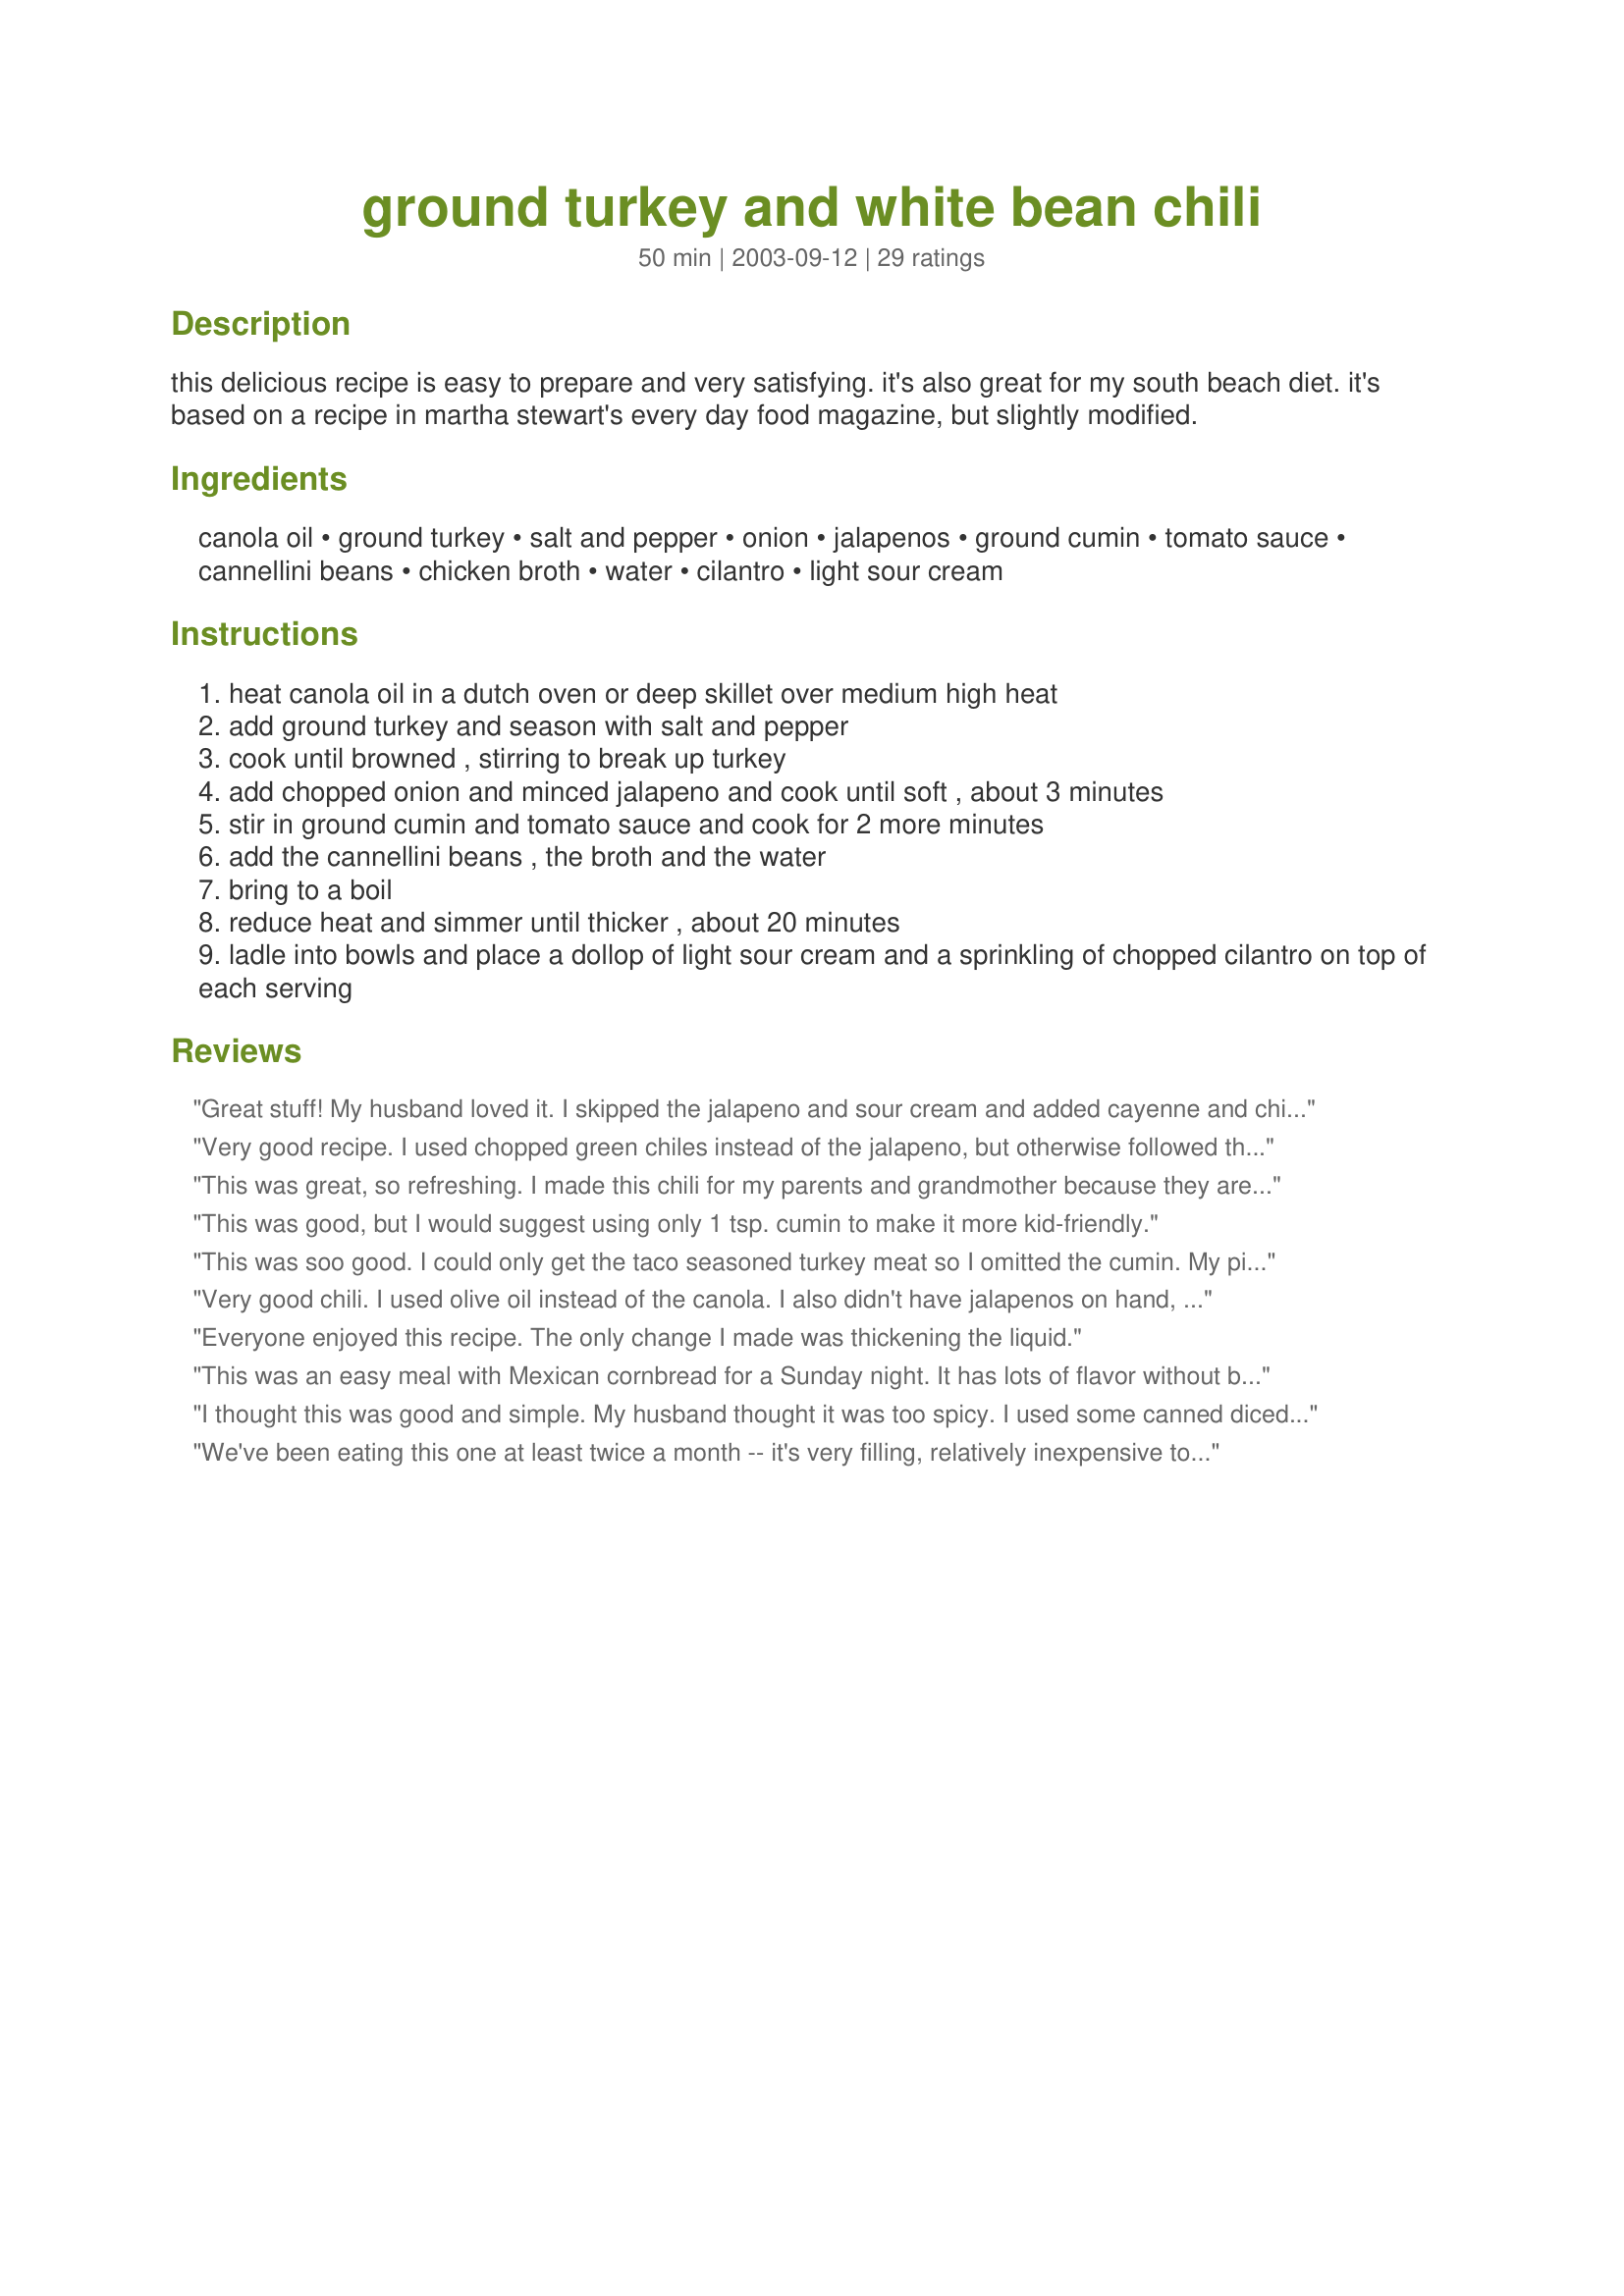
ground turkey and white bean chili
Preparation time: 50 minutes

this delicious recipe is easy to prepare and very satisfying. it's also great for my south beach diet. it's based on a recipe in martha stewart's every day food magazine, but slightly modified.

Ingredients:
canola oil, ground turkey, salt and pepper, onion, jalapenos, ground cumin, tomato sauce, cannellini beans, chicken broth, water, cilantro, light sour cream

Steps:
heat canola oil in a dutch oven or deep skillet over medium high heat
add ground turkey and season with salt and pepper
cook until browned , stirring to break up turkey
add chopped onion and minced jalapeno and cook until soft , about 3 minutes
stir in ground cumin and tomato sauce and cook for 2 more minutes
add the cannellini beans , the broth and the water
bring to a boil
reduce heat and simmer until thicker , about 20 minutes
ladle into bowls and place a dollop of light sour cream and a sprinkling of chopped cilantro on top of each serving

Reviews:
Great stuff! My husband loved it. I skipped the jalapeno and sour cream and added cayenne and chili flakes instead. Looking for healthy, easy and tasty- this is it.
Very good recipe. I used chopped green chiles instead of the jalapeno, but otherwise followed this recipe to a "t." Wonderful dish on a cold, rainy night!
This was great, so refreshing. I made this chili for my parents and grandmother because they are all trying to eat healthier. They are used to the more traditional chili with kidney beans and hamburger. They were all very suprised and satisfied with this turkey chili, as was I. There was no left overs, I wish I had made more. This is going into my rotation for great group meals, next time I might even try it with tofu or tvp for my vegetarian friends.
This was good, but I would suggest using only 1 tsp. cumin to make it more kid-friendly.
This was soo good. I could only get the taco seasoned turkey meat so I omitted the cumin. My picky 7yr old loved it even though it came out a little spicier than intended.
Very good chili. I used olive oil instead of the canola. I also didn't have jalapenos on hand, and therefore subbed green pepper. I added a couple of large spoonfuls of Salsa Fresca #72744 while sauteing the onions and green peppers. We did not garnish with sour cream, but did serve the chili with corn bread. Very easy and wonderful flavor.
Everyone enjoyed this recipe. The only change I made was thickening the liquid.
This was an easy meal with Mexican cornbread for a Sunday night. It has lots of flavor without being too spicy. I did substitute a 4 oz can of diced green chilies for the jalapenos. Thank you PanNan! Made for Fall 08 Pick A Chef.
I thought this was good and simple. My husband thought it was too spicy. I used some canned diced jalapenos- probably more than the recipe called for...but lots of flavor.
We've been eating this one at least twice a month -- it's very filling, relatively inexpensive to make, and produces enough leftovers for lunch the next day as well.
I choose 2 stars for a couple of reasons. This didn't taste bad, necessarily, but I found a few flaws with the recipe and also found the overall result to be very very ordinary. The only change I made was ground chicken rather than turkey but everything else was the same. I used 2 14.5 oz cans of cannellini beans- that was already too many beans. The recipe says 2 19oz cans!!! Additionally, I opted not to use the water because this was runny even after simmering for over 45 minutes. We ate it with lots and lots of hot sauce for flavor. Also please note- the calories are likely greatly reduced when you don't use 2.5 pounds of beans! I don't think we'll make this again. :(
Delicious. Great comfort food. Added a little bacon and some celery. Left out the cilantro as a matter of personal taste. Quick and easy to prepare. Will be doing this one again. Thanks, Nan.
Nice alternative to traditional chili. I added a can of corn and a teaspoon of cayanne pepper. I also put a small amount of cheese melted on top...and lots of cilantro! We had it with corn bread on the side for a yummy Fall meal.
*I made it again and added a bone in pork chop with the turkey. Let it simmer a little longer...an the flavor is fantastic with the pork juices!!! Yum.
Had this last night because we're cutting back on red meat.This was FABU,actually tastes better than ground beef & love the tomato sauce instead of boring canned tomatoes.Add to that the ease of prep and i'm tossing my old chili recipe.I may use less or no sugar next time,as you mention.The sweetness made me add more spices which made it even more delicious.Reminded me of the diner chili my Dad and I were obsessed with,rest his sweet chili loving soul.
Wow!!! This is my new favorite way of preparing and enjoying chili!! This is absolutely delicious. I now like this more than regular chili and it is so much more healthy than regular chili using ground beef. I did use a can of green chilis instead of jalapenos. I used reduced fat sour cream to help save a few calories. Thanks for a GREAT recipe.
My family liked this a lot and it was easy to prepare. I substituted canned Navy beans and saved the minced jalapenos to sprinkle on top with the cilantro for the adults as my DDs don't like things too spicy.
Loved it ... thanks for sharing!! I eliminated the 1 cup of water for a thicker chili (agreed w/other feedbacks that it could have been too soupy otherwise) and followed the rest of the recipe to the "T". I let it simmer in a crock pot on low for about 4 hrs. Super easy recipe with lots of flavor. 5 Stars :) !!
This chili was so so good!! Sour cream on top just set it off! The only thing I didn't have was cilantro. I also omitted the cup of water. Thx for sharing:)
We always use ground turkey in our chili so this was a great spin on our old stand-by. Just enough spice!
Yum! I really liked this and it was very simple to make. I will be making it often this fall and winter!
Thanks for a great chili using turkey. My husband really enjoyed this chili. I subbed great northern beans for the cannellini beans and used only 1 jalepeno!
Excellent-very easy and quick to put together left out jalapenos but added 2 tbs of chopped green chilis (canned) Originally planned to take this to a Super Bowl party but it didnt last long enough to get there. My son and i were little piggies and ate it all. thank you for a great new way for me to use ground turkey
I came across this while looking for something simple I could prepare quickly without having to run to the grocery store. It fit the bill perfectly and my whole family loves it! I substituted Great Northern Beans for the cannellini beans and diced green chilis for the jalapeno because that is what I had on had.

Wonderful, mild flavor.
I added some garlic and tomato paste, omitted the water and otherwise made as stated. Since I had the time I let it simmer for 90 min on low. We loved it, the flavours came together very nicely. I served with bowls of cheese, cilantro and sour cream. Will for sure make again. Made for ZWT
The only change I made was to leave out the oil all together, and cook the turkey in cooking spray. Just a yummy chili -- perfect amounts of savory and spice. A keeper for sure.
This was pretty good chili. Fast to make and had a good flavor with a little spice. What I like best about this is that it's healthy and fits my SB/low carb diet!
This is the best recipe i have reviewed so far! Couldn't wait for lunch today so I could have it again. A DEFINITE KEEPER!
This recipe was great. I used crushed red pepper and white pepper. Instead of sour cream I garnished with old fashioned shredded cheese and served it with Tostito scoops. Very football sunday, but delicious.
Very good! I skipped the oil and instead of jalepenos I just sprinkled some chili powder. It was delicious, thanks PanNan!
